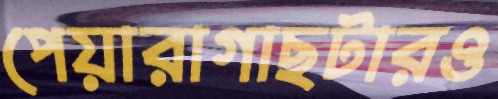
পেয়ারাগাছটারও